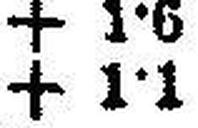
+ 1·1